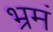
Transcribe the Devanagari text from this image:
भ्रमं